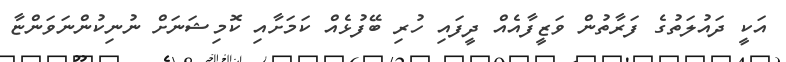
އަކީ ދައުލަތުގެ ފަރާތުން ވަޒީފާއެއް ދީފައި ހުރި ބޭފުޅެއް ކަމަށާއި ކޮމިޝަނަށް ނުނިކުންނަވަންޏާ